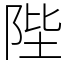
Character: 陛